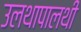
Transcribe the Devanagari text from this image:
उलथापालथी